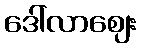
ဒေါ်လာဈေး